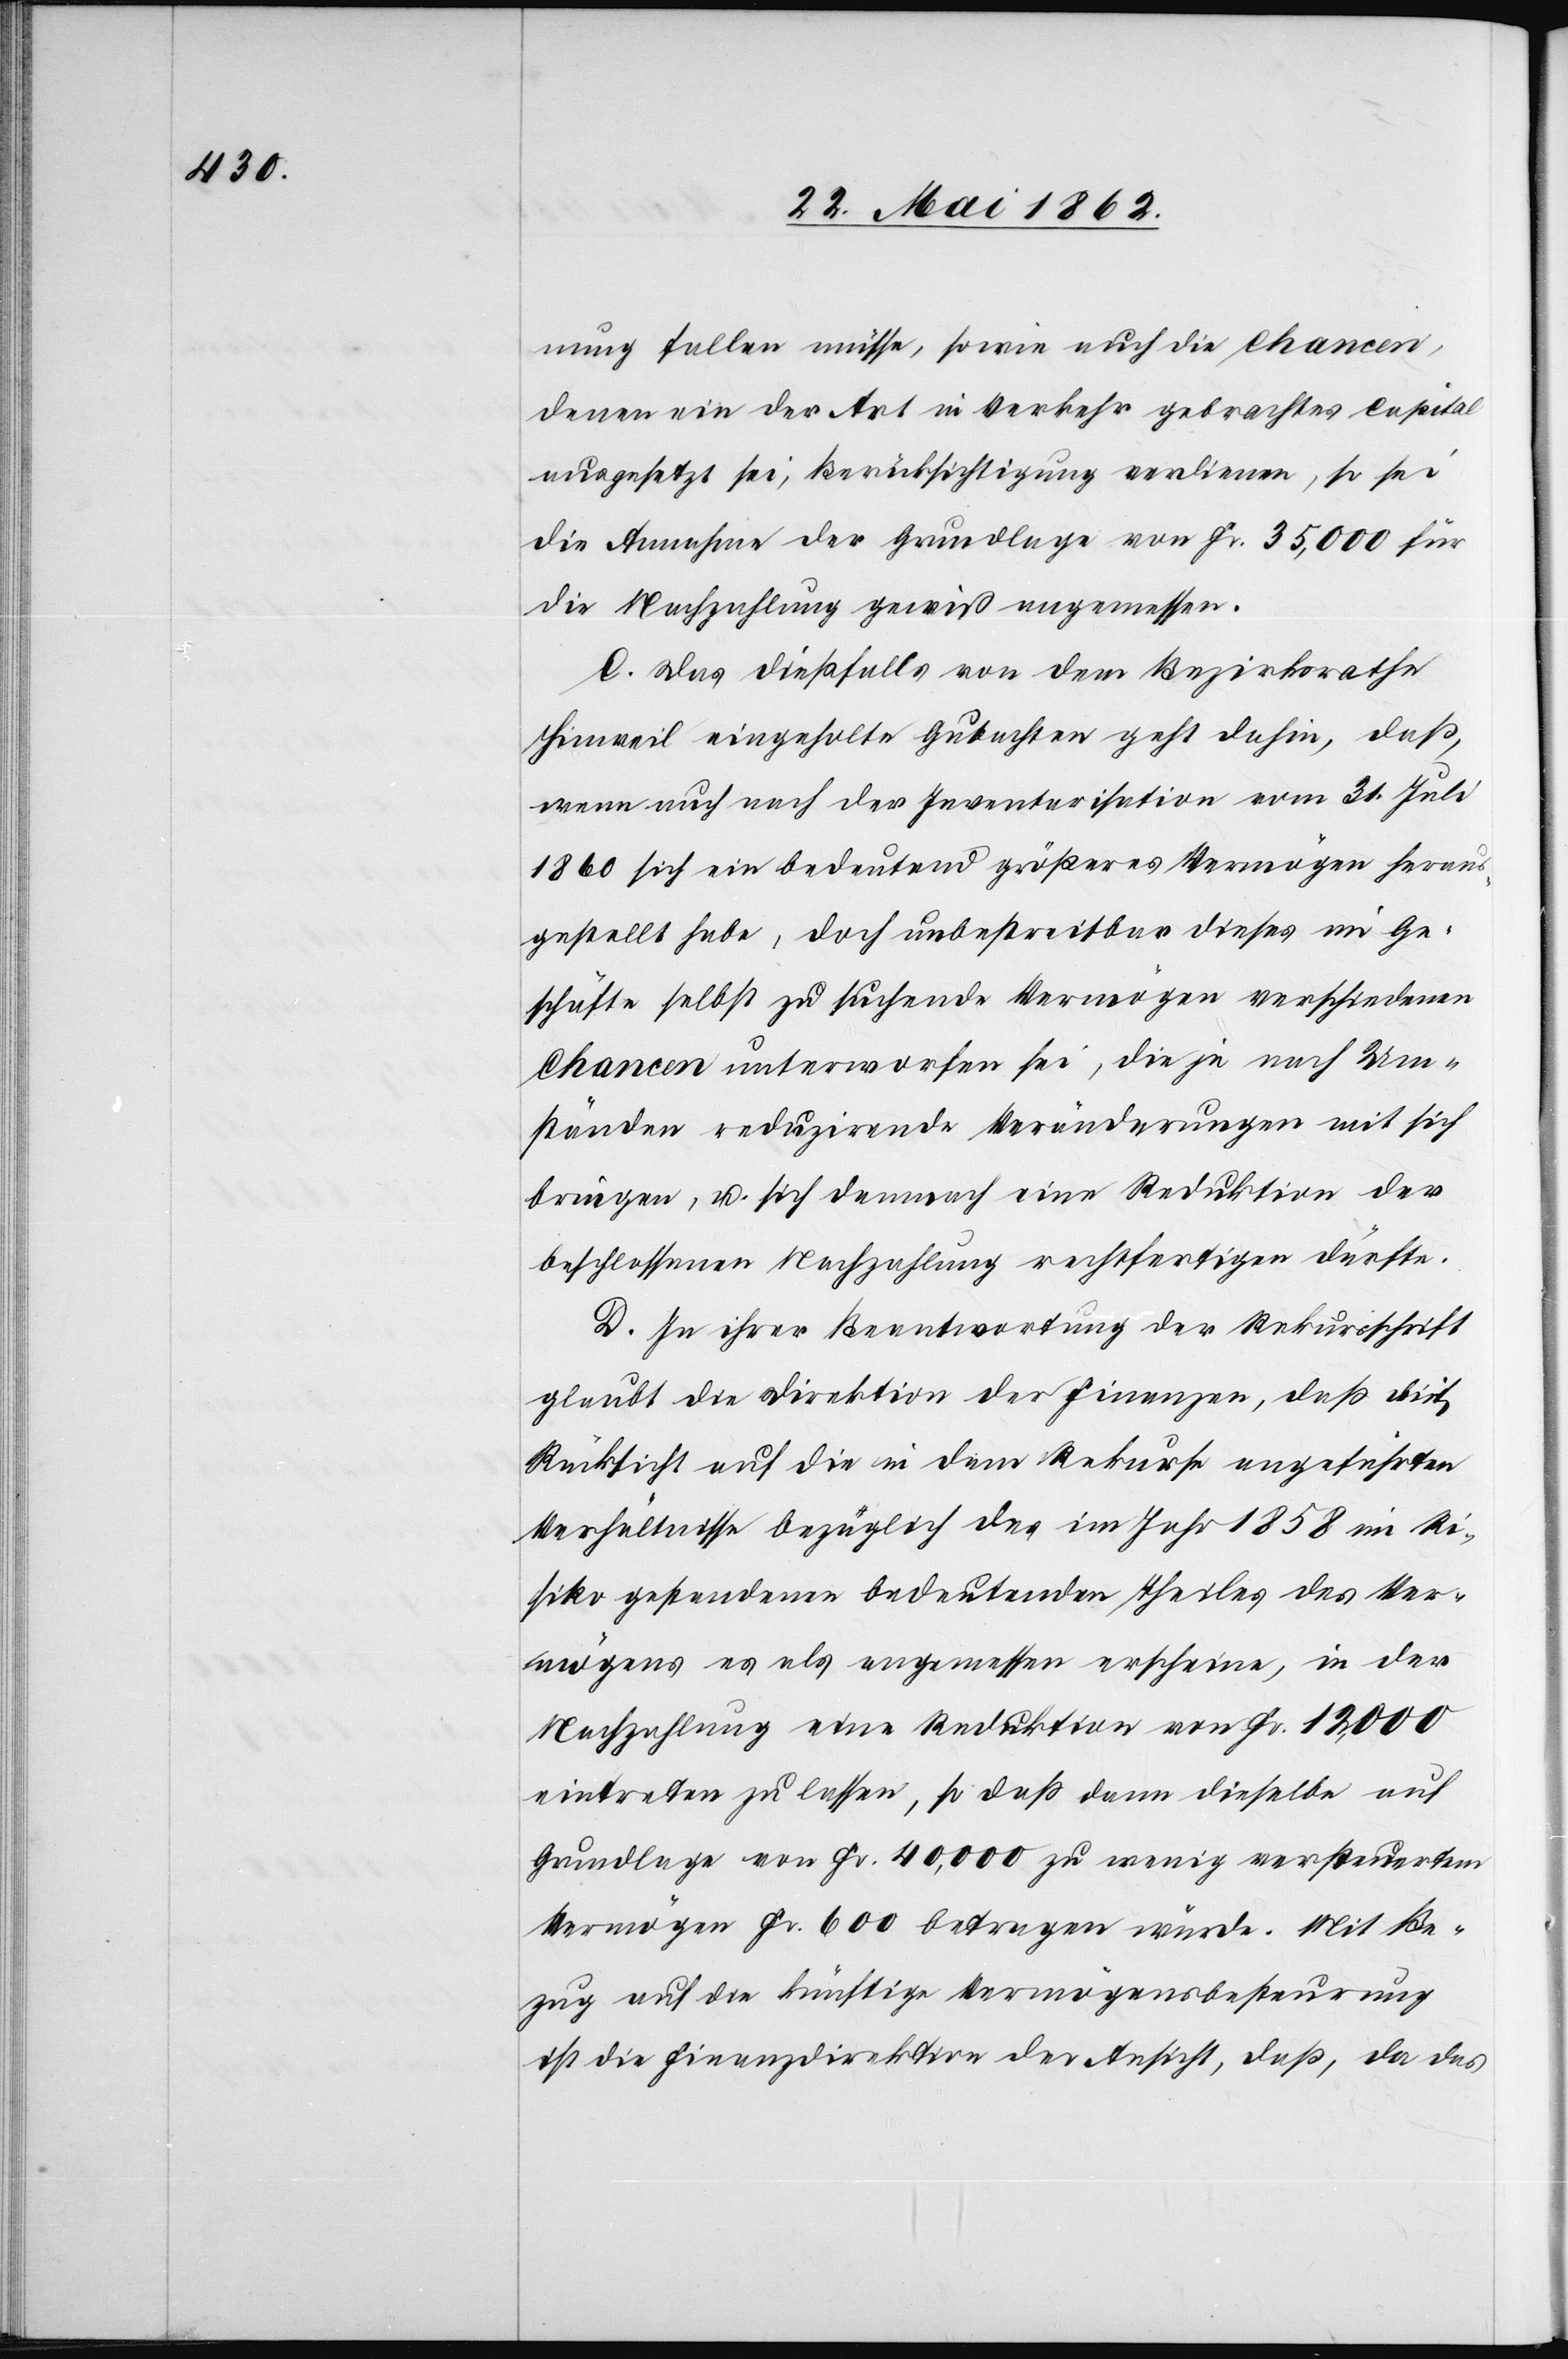
nung fallen müsse, sowie auch die Chancen,
denen ein der Art in Verkehr gebrachtes Capital
ausgesetzt sei, Berücksichtigung verdienen, so sei
die Annahme der Grundlage von Fr. 35,000 für
die Nachzahlung gewiß angemessen.
C. Das dießfalls von dem Bezirksrathe
Hinweil eingeholte Gutachten geht dahin, daß,
wenn auch nach der Inventarisation vom 31. Juli
1860 sich ein bedeutend größeres Vermögen heraus¬
gestellt habe, doch unbestreitbar dieses im Ge¬
schäfte selbst zu suchende Vermögen verschiedenen
Chancen unterworfen sei, die je nach Um¬
ständen reduzirende Veränderungen mit sich
bringen, u. sich demnach eine Reduktion der
beschlossenen Nachzahlung rechtfertigen dürfte.
D. In ihrer Beantwortung der Rekursschrift
glaubt die Direktion der Finanzen, daß diese
Rücksicht auf die in dem Rekurse angeführten
Verhältnisse bezüglich des im Jahr 1858 im Ri¬
siko gestandenen bedeutenden Theiles des Ver¬
mögens es als angemessen erscheine, in der
Nachzahlung eine Reduktion von Fr. 12,000
eintreten zu lasen, so daß dann dieselbe auf
Grundlage von Fr. 40,000 zu wenig versteuertem
Vermögen Fr. 600 betragen würde. Mit Be¬
zug auf die künftige Vermögensbesteurung
ist die Finanzdirektion der Ansicht, daß, da das